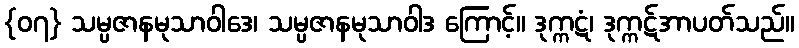
{၀၇} သမ္ပဇာနမုသာဝါဒေ၊ သမ္ပဇာနမုသာဝါဒ ကြောင့်။ ဒုက္ကဋံ၊ ဒုက္ကဋ်အာပတ်သည်။